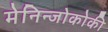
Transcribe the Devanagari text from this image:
मेनिन्जोकोकी